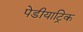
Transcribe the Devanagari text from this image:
पेडीयाट्रिक